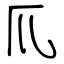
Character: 爪